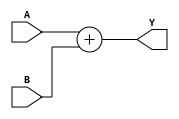
module ADD_N ( A, B, Y );
parameter SIZE = 16;
input [SIZE - 1:0] A, B;
output reg [SIZE - 1:0] Y;

always@(*)
Y = A + B;

endmodule